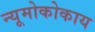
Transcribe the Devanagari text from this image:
न्यूमोकोकाय